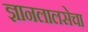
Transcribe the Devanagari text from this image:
ज्ञानलालसेचा